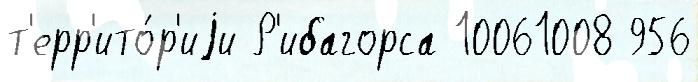
т'ерр'ито́р'иjи Р'ибагорса 10061008 956